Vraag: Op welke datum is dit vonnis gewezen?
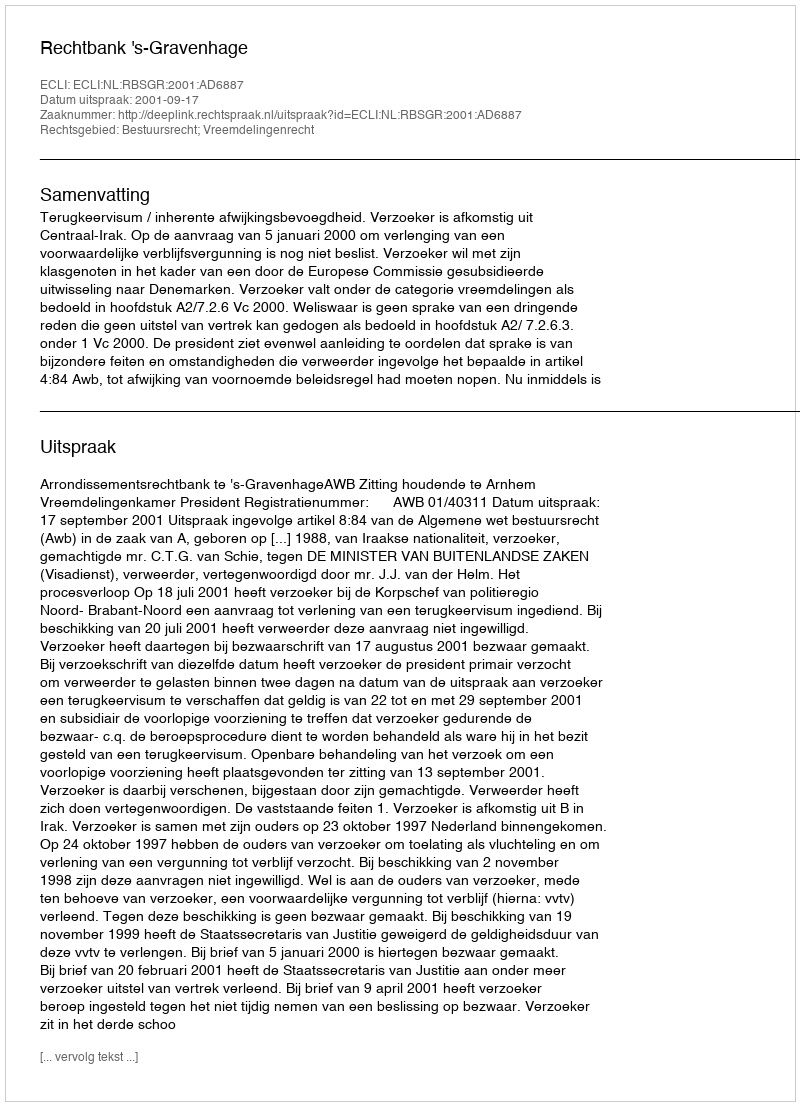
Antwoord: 2001-09-17